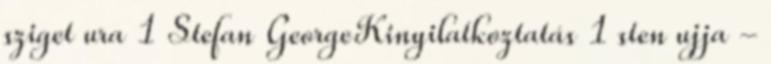
sziget ura 1 Stefan GeorgeKinyilatkoztatás 1 sten ujja -